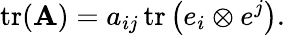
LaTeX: \operatorname{tr}(\mathbf{A})=a_{ij}\operatorname{tr}\left(e_{i}\otimes e^{j}\right).